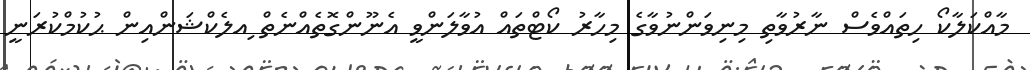
މާއްކަލާކޯ ހިތައްވެސް ނާރުވާތި މިނިވަންނުވާގެ މިހާރު ކޯޓްތައް އުވާލަންވީ އެނޫންގޮތެއްނެތް ިއލެކްޝަންއިން ޙުކުމްކުރަނީ